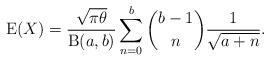
LaTeX: \begin{align*}\operatorname{E}(X)=\frac{\sqrt{\pi\theta}}{\operatorname{B}(a,b)}\sum_{n=0}^b \binom{b-1}{n} \frac{1}{\sqrt{a+n}}.\end{align*}